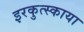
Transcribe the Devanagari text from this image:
इरकुत्स्काया